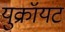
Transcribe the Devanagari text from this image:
युक्रॉयट